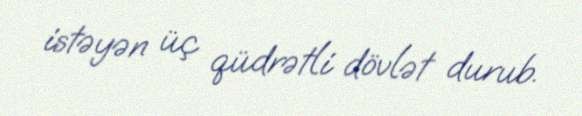
istəyən üç qüdrətli dövlət durub.